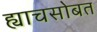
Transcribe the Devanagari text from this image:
ह्याचसोबत